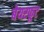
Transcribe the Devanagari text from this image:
बेयरफूट